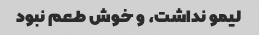
لیمو نداشت، و خوش طعم نبود